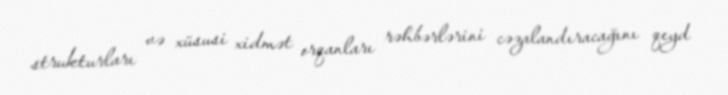
strukturları və xüsusi xidmət orqanları rəhbərlərini cəzalandıracağını qeyd